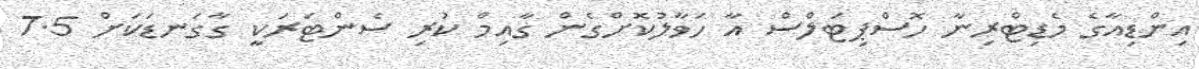
އިންޑިއާގެ މެޑިޓްރިނާ ހޮސްޕިޓަލްސް އާ ހަވާލުކޮށްގެން ގާއިމް ކުރި ސެންޓަރަކީ ގާގަނޑަކަށް 7.5